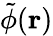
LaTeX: \tilde{\phi}(\mathbf{r})